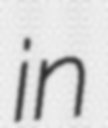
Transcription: in